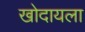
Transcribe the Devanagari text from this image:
खोदायला